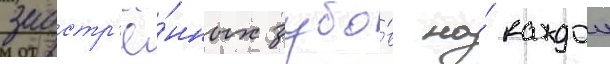
заостр'ё́нных зубо́в на́ каждои